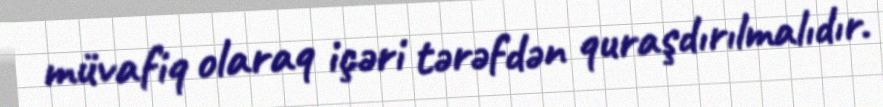
müvafiq olaraq içəri tərəfdən quraşdırılmalıdır.